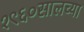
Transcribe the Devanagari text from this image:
१९६०सालच्या